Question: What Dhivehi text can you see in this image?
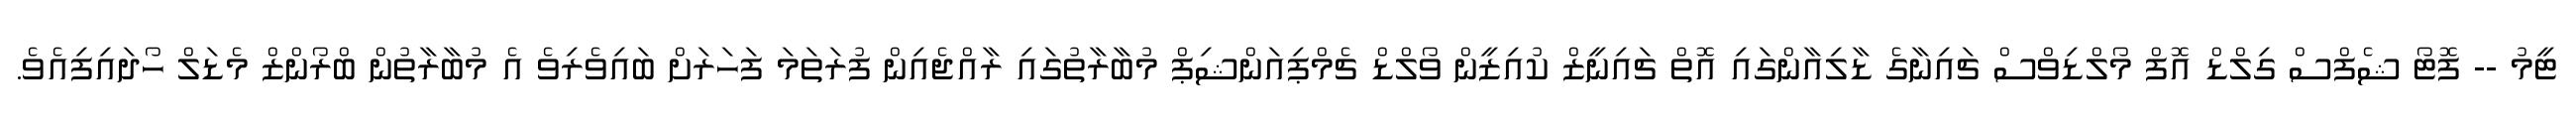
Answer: ޓީމު -- ފޮޓޯ ޝެފްސް ގިލްޑް އޮފް މޯލްޑިވްސް ޗައިނާގެ ޑާލިއާންގައި އޮތް ޗައިނީޒް ކުއިޒީން ވޯލްޑް ޗެމްޕިއަންޝިޕް މުބާރާތުގައި ރާއްޖެއިން ފުރަތަމަ ފަހަރަށް ބައިވެރިވެ އެ މުބާރާތުން ބްރޯންޒް މެޑަލް ހޯދައިފިއެވެ.